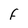
Character: f